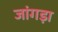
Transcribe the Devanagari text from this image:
जांगड़ा